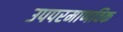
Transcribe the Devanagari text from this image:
उपपरमाणविक